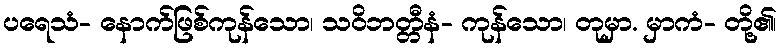
ပရေသံ- နောက်ဖြစ်ကုန်သော၊ သဝိဘတ္တီနံ- ကုန်သော၊ တုမှာ. မှာကံ- တို့၏၊